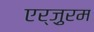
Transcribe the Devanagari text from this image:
एर्ज़ुरम